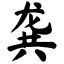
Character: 龚